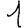
Digit: 1